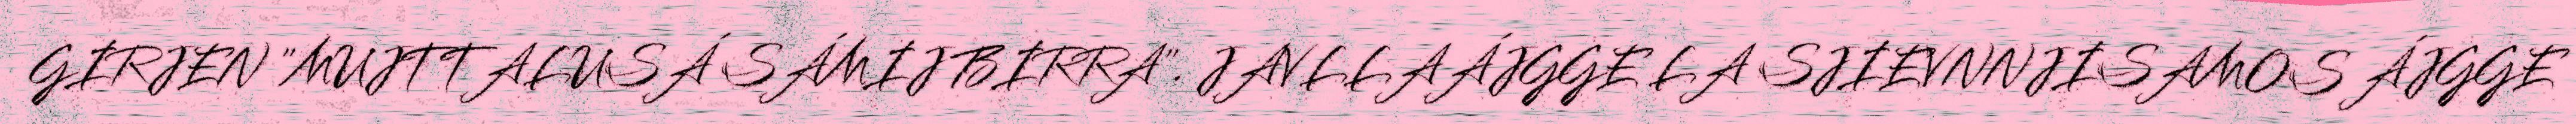
GIRJEN "MUJTTALUSÁ SÁMIJ BIRRA". JAVLLAÁJGGE LA SJIEVNNJISAMOS ÁJGGE